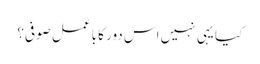
کیا یہی نہیں اس دور کا باعمل صوفی؟